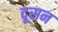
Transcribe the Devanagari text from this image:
दूसन